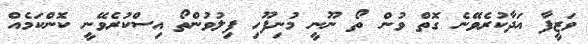
ވަޒީފާ އަދާކުރެވޭނެ ގޮތް ވުން ތޯ ނޫނީ މުނިފޫހި ފިލުވުންތޯ އިސްކުރެވޭނީ ކޮންކަމެއް